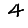
Digit: 4